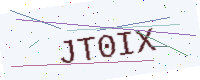
Text: JT0IX